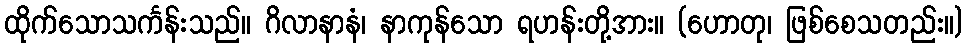
ထိုက်သောသင်္ကန်းသည်။ ဂိလာနာနံ၊ နာကုန်သော ရဟန်းတို့အား။ (ဟောတု၊ ဖြစ်စေသတည်း။)